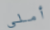
أملي